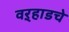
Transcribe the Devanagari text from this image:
वऱ्हाडचे